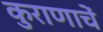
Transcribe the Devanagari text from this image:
कुराणाचें